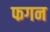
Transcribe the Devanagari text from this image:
फगन